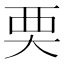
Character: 䙲